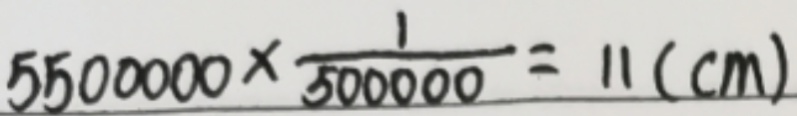
5 5 0 0 0 0 0 \times \frac { 1 } { 5 0 0 0 0 0 } = 1 1 ( c m )